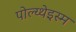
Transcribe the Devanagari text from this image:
पोल्य्थेइस्म